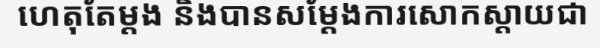
ហេតុតែម្តង និងបានសម្តែងការសោកស្តាយជា